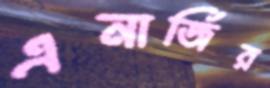
এনার্জির